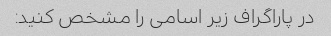
در پاراگراف زیر اسامی را مشخص کنید: